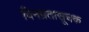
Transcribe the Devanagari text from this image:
विनम्रतासूचक